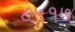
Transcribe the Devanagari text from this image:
८५१७